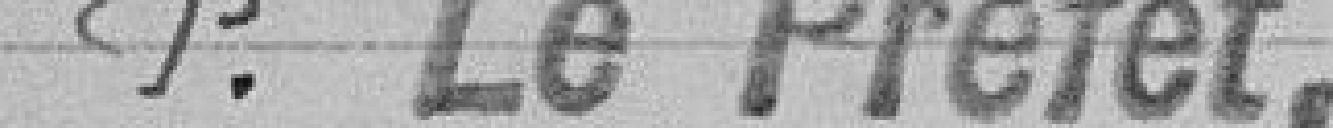
P. Le Préfet